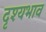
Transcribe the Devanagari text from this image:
दृश्यभाव